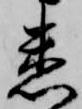
悉